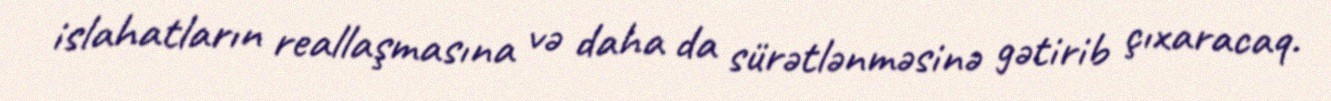
islahatların reallaşmasına və daha da sürətlənməsinə gətirib çıxaracaq.